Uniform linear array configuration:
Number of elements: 24
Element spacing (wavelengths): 0.5
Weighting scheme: exponential
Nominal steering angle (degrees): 0
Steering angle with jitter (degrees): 0.8236
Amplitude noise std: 0.05
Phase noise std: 0.05

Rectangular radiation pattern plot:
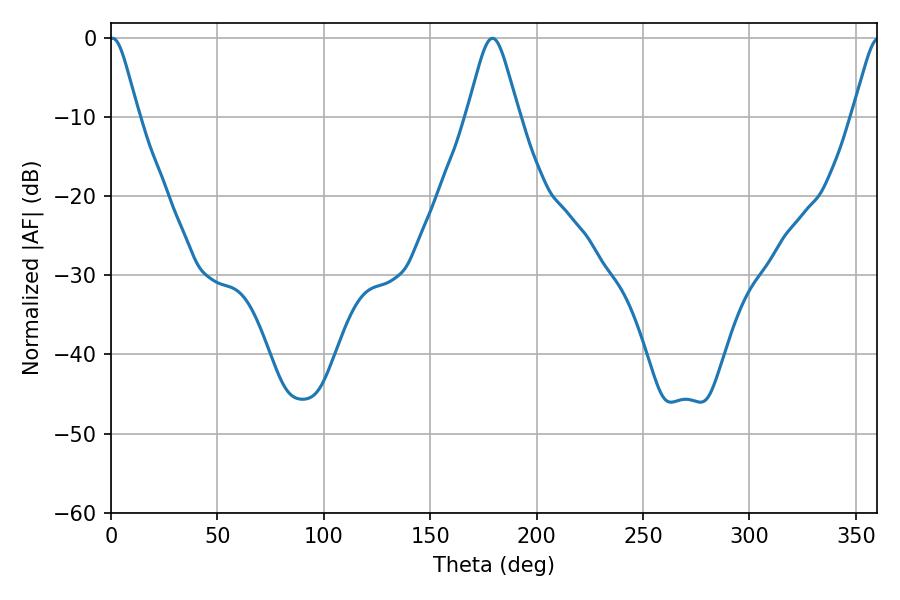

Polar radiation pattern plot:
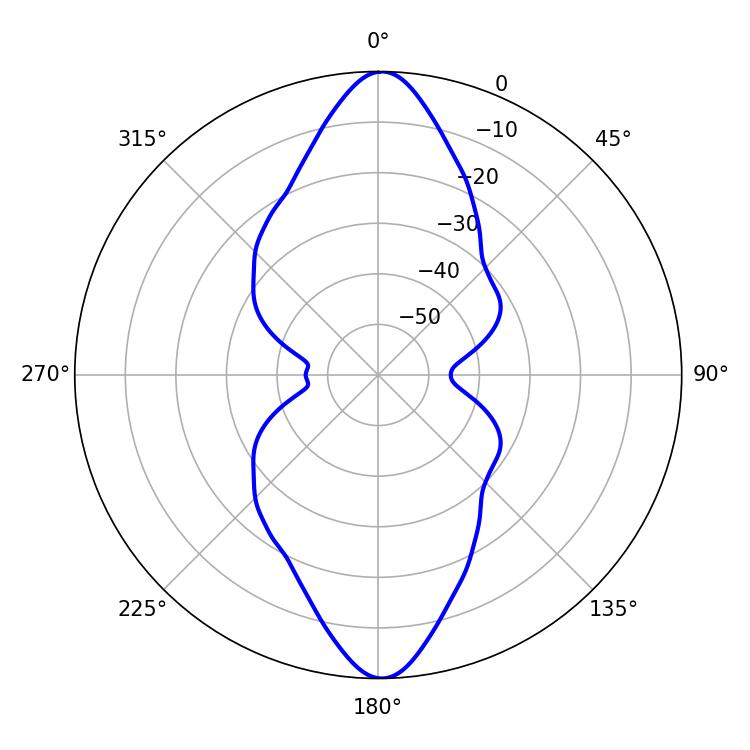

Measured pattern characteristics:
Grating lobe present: FALSE
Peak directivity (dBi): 26.658
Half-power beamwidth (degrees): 6.48
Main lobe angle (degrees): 0.72